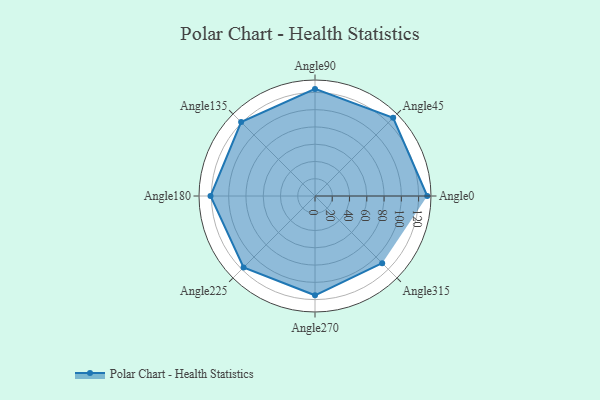
{"axis": {"x": "Angle", "y": "Radius"}, "legend": [""], "data": [{"x": "Angle0", "y": 130.0, "type": ""}, {"x": "Angle45", "y": 128.0, "type": ""}, {"x": "Angle90", "y": 124.0, "type": ""}, {"x": "Angle135", "y": 121.0, "type": ""}, {"x": "Angle180", "y": 121.0, "type": ""}, {"x": "Angle225", "y": 117.0, "type": ""}, {"x": "Angle270", "y": 115.0, "type": ""}, {"x": "Angle315", "y": 110.0, "type": ""}]}